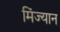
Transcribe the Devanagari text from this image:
मिंज्यान